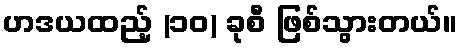
ဟဒယထည့် (၁၀) ခုစီ ဖြစ်သွားတယ်။